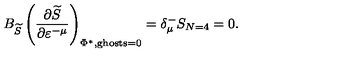
B _ { \widetilde { S } } \left( \frac { \partial \widetilde { S } } { \partial \varepsilon ^ { - \mu } } \right) _ { \Phi ^ { * } , \mathrm { g h o s t s } = 0 } = \delta _ { \mu } ^ { - } S _ { N = 4 } = 0 .